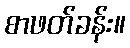
စာဖတ်ခန်း။